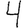
Digit: 4